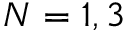
N = 1 , 3